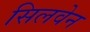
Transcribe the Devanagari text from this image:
सिलवेन